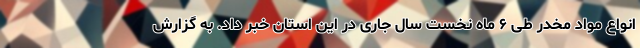
انواع مواد مخدر طی ۶ ماه نخست سال جاری در این استان خبر داد. به گزارش